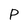
Character: P